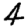
Digit: 4